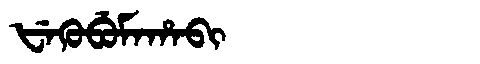
Manchu: ᡶᡝᡴᡠᠪᡠᠮᠠᡥᠠᠪᡳ
Romanization: FEKUBUMAHABI